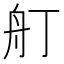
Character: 𦨍